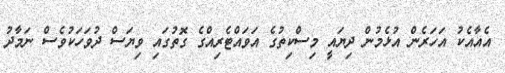
އެއާއެކު އަހަރެން އުޅެމުން ދިޔައީ މިސްކިތުގެ އަވައްޓެރިއްގެ ގޮތުގައި ވިޔަސް ދުވަހަކުވެސް ނަމާދު